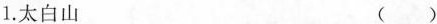
1.太白山 ()